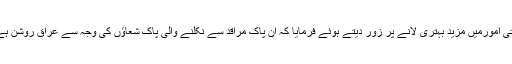
مرجع عالی قدر دام ظلہ الوارف نے مقامات مقدسہ میں تعمیری و خدماتی امورمیں مزید بہتری لانے پر زور دیتے ہوئے فرمایا کہ ان پاک مراقد سے نکلنے والی پاک شعاؤں کی وجہ سے عراق روشن ہے اور اسکے ہی سبب جانوں اور روحوں کی تربیت کا عمل یقینی ہوگا۔